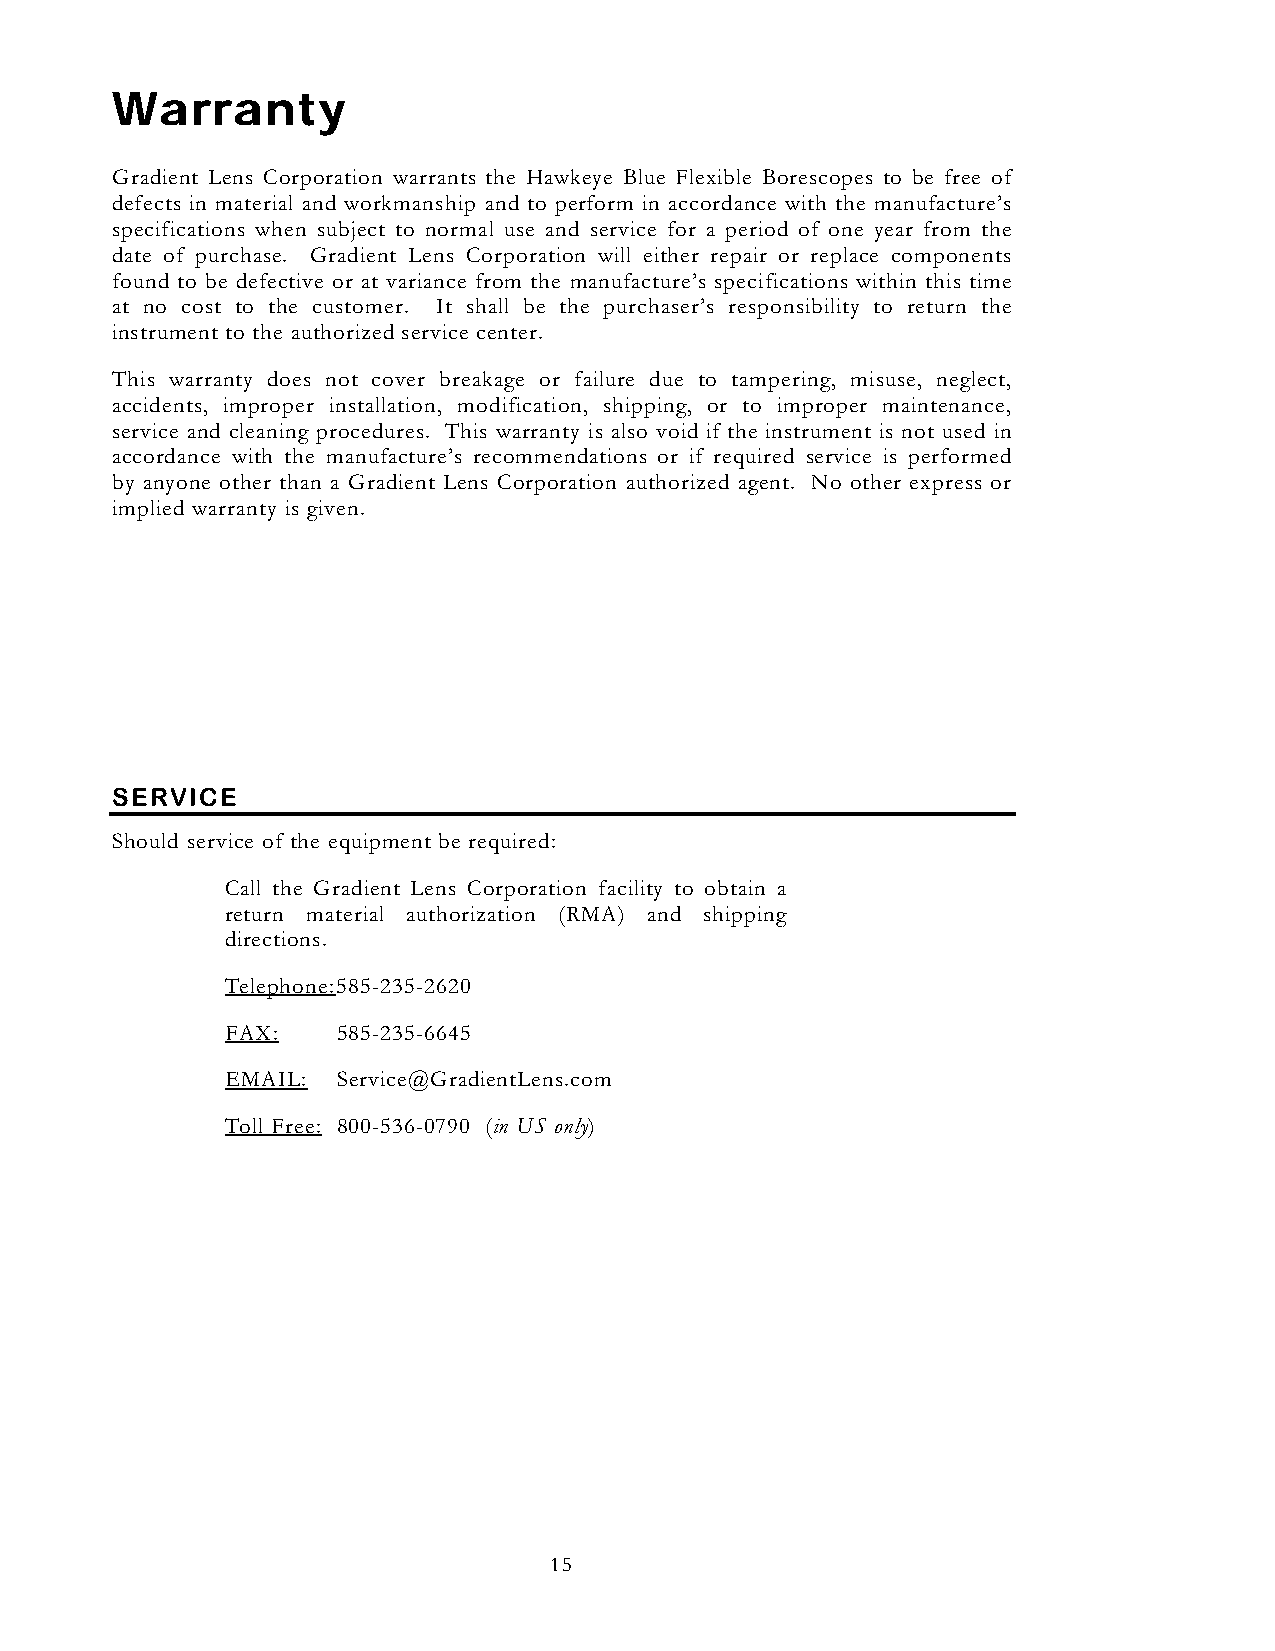
Warranty
 Gradient Lens Corporation warrants the Hawkeye Blue Flexible Borescopes to be free of
 defects in material and workmanship and to perform in accordance with the manufacture’s
 specifications when subject to normal use and service for a period of one year from the
 date of purchase. Gradient Lens Corporation will either repair or replace components
 found to be defective or at variance from the manufacture’s specifications within this time
 at no cost to the customer. It shall be the purchaser’s responsibility to return the
 instrument to the authorized service center.
 This warranty does not cover breakage or failure due to tampering, misuse, neglect,
 accidents, improper installation, modification, shipping, or to improper maintenance,
 service and cleaning procedures. This warranty is also void if the instrument is not used in
 accordance with the manufacture’s recommendations or if required service is performed
 by anyone other than a Gradient Lens Corporation authorized agent. No other express or
 implied warranty is given.
 SERVICE
 Should service of the equipment be required:
 Call the Gradient Lens Corporation facility to obtain a
 return material authorization (RMA) and shipping
 directions.
 Telephone: 585-235-2620
 FAX:   585-235-6645
 EMAIL: Service@GradientLens.com
 Toll Free: 800-536-0790 (in US only)
 15